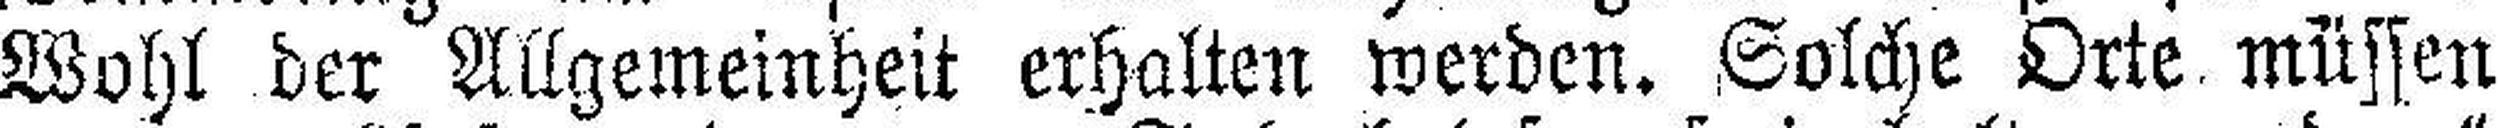
Wohl der Allgemeinheit erhalten werden. Solche Orte müssen